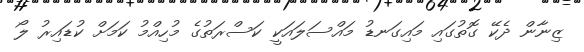
ޒިނާން ދެކޭ ގޮތުގައި މައިގަނޑު މައްސަލައަކީ ކަސްރަތުގެ މުހިއްމު ކަމަށް ކުޑައިރު ލޯ